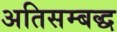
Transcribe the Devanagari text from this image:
अतिसम्बद्ध